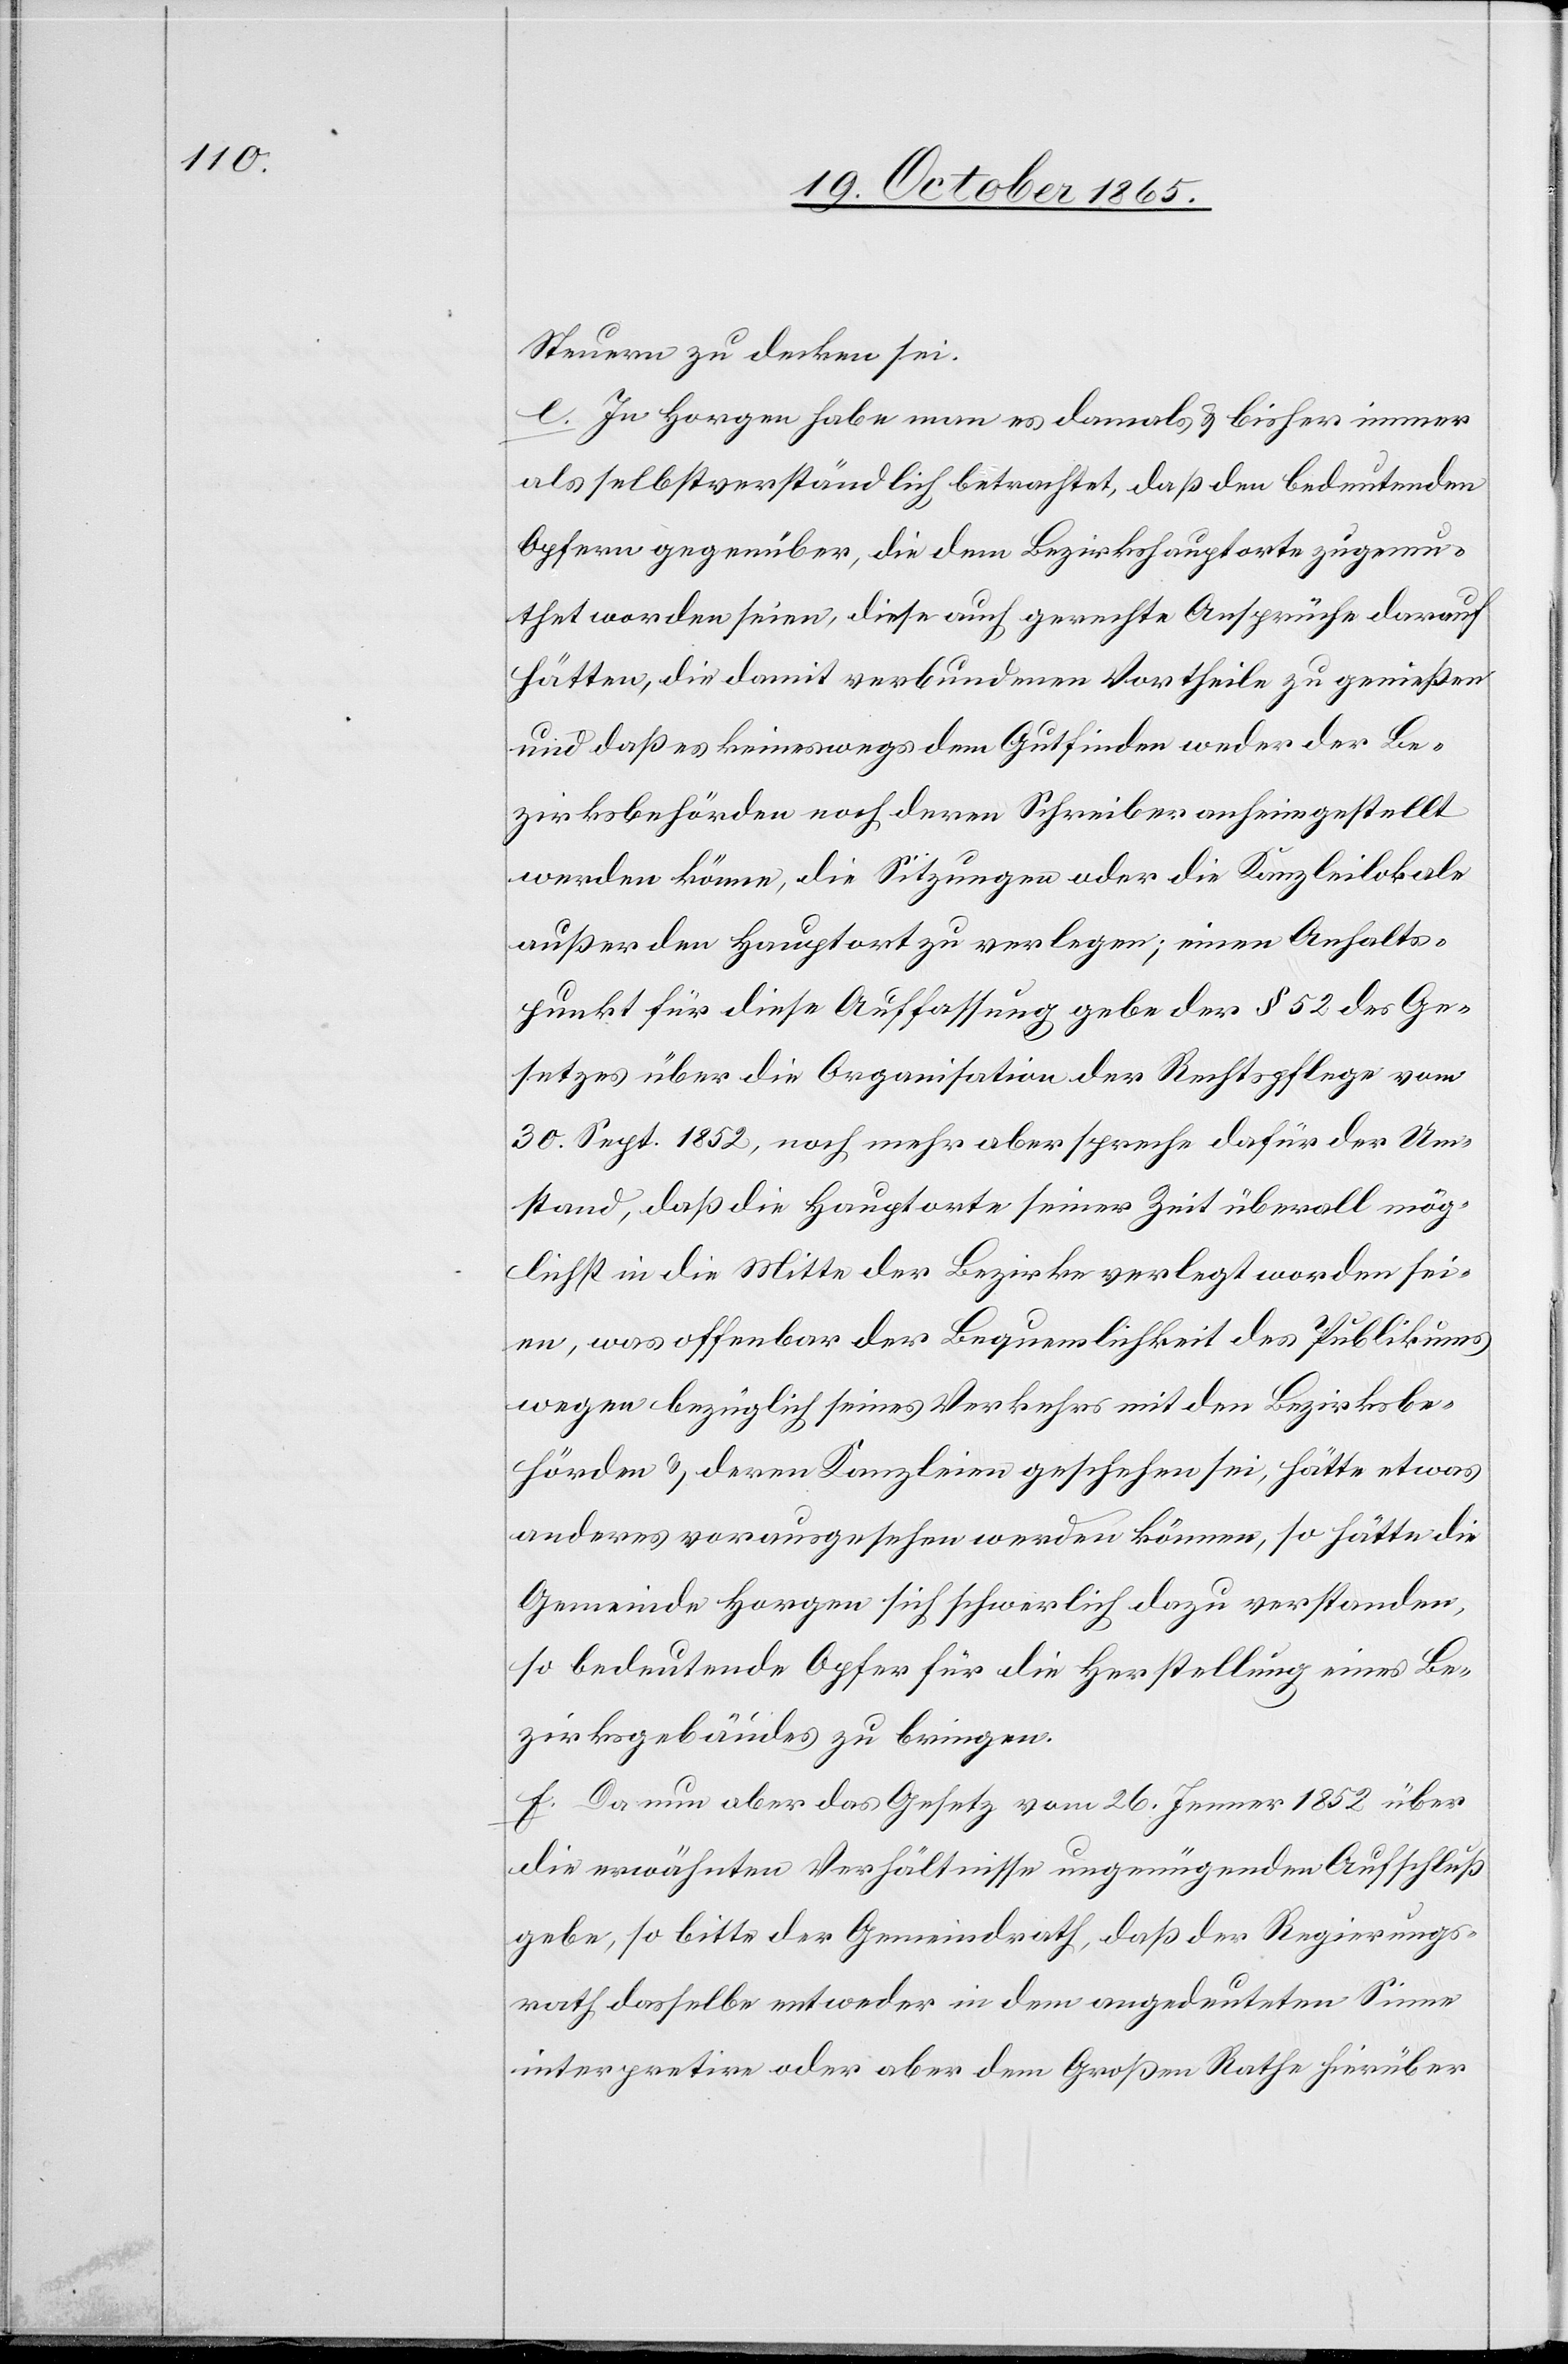
Steuern zu decken sei.
e. In Horgen habe man es damals & bisher immer
als selbstverständlich betrachtet, daß den bedeutenden
Opfern gegenüber, die dem Bezirkshauptorte zugemu¬
thet worden seien, diese auch gerechte Ansprüche darauf
hätten, die damit verbundenen Vortheile zu genießen
und daß es keineswegs dem Gutfinden weder der Be¬
zirksbehörden noch deren Schreiber anheimgestellt
werden könne, die Sitzungen oder die Kanzleilokale
außer den Hauptort zu verlegen; einen Anhalts¬
punkt für diese Auffassung gebe der § 52 des Ge¬
setzes über die Organisation der Rechtspflege vom
30. Sept. 1852, noch mehr aber spreche dafür der Um¬
stand, daß die Hauptorte seiner Zeit überall mög¬
lichst in die Mitte der Bezirke verlegt worden sei¬
en, was offenbar der Bequemlichkeit des Publikums
wegen bezüglich seines Verkehrs mit den Bezirksbe¬
hörden & deren Kanzleien geschehen sei, hätte etwas
anderes vorausgesehen werden können, so hätte die
Gemeinde Horgen sich schwerlich dazu verstanden,
so bedeutende Opfer für die Herstellung eines Be¬
zirksgebäudes zu bringen.
f. Da nun aber das Gesetz vom 26. Jenner 1852 über
die erwähnten Verhältnisse ungenügenden Aufschluß
gebe, so bitte der Gemeindrath, daß der Regierungs¬
rath dasselbe entweder in dem angedeuteten Sinne
interpretire oder aber dem Großen Rathe hierüber